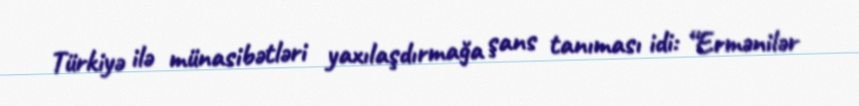
Türkiyə ilə münasibətləri yaxılaşdırmağa şans tanıması idi: “Ermənilər